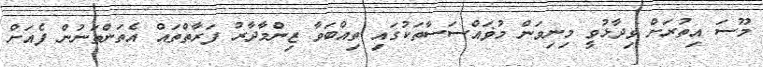
މޫސަ އިތުރަށް ވިދާޅުވީ މިނިވަން މުޥައްސަސާތަކުގައި ތިއްބަވާ ޒިންމާދާރު ފަރާތްތައް އެތަންތަނުން ފެއަށް